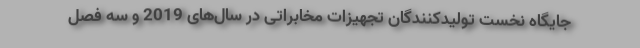
جایگاه نخست تولیدکنندگان تجهیزات مخابراتی در سال‌های 2019 و سه فصل